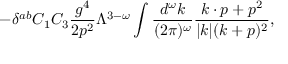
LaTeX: - \delta ^ { a b } C _ { 1 } C _ { 3 } { \frac { g ^ { 4 } } { 2 p ^ { 2 } } } \Lambda ^ { 3 - \omega } \int { \frac { d ^ { \omega } k } { ( 2 \pi ) ^ { \omega } } } { \frac { k \cdot p + p ^ { 2 } } { | k | ( k + p ) ^ { 2 } } } ,